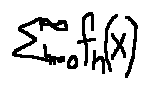
\sum \limits _ { n = 0 } ^ { \infty } f _ { n } ( x )